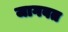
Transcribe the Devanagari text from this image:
जागवत